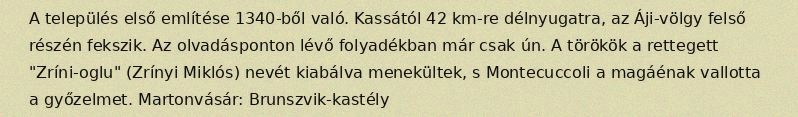
A település első említése 1340-ből való. Kassától 42 km-re délnyugatra, az Áji-völgy felső részén fekszik. Az olvadásponton lévő folyadékban már csak ún. A törökök a rettegett "Zríni-oglu" (Zrínyi Miklós) nevét kiabálva menekültek, s Montecuccoli a magáénak vallotta a győzelmet. Martonvásár: Brunszvik-kastély